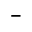
^ { - }